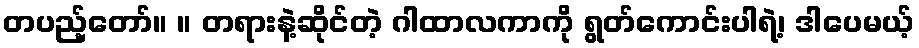
တပည့်တော်။ ။ တရားနဲ့ဆိုင်တဲ့ ဂါထာလကာကို ရွတ်ကောင်းပါရဲ့၊ ဒါပေမယ့်